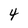
Character: 4